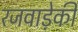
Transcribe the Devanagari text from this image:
रजवाड़ेकी